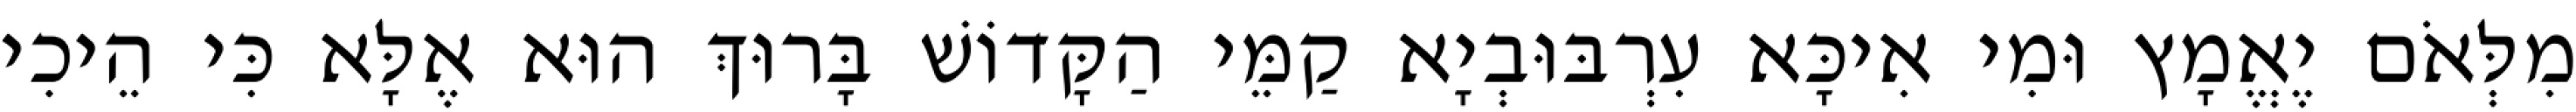
מִלְּאֹם יֶאֱמָץ וּמִי אִיכָּא עִרְבּוּבְיָא קַמֵּי הַקָּדוֹשׁ בָּרוּךְ הוּא אֶלָּא כִּי הֵיכִי